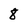
Character: 8